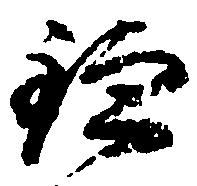
鎌